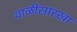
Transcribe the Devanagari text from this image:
थाळीसारखा